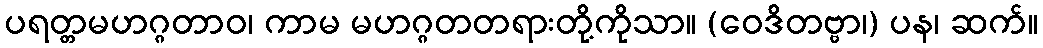
ပရတ္တမဟဂ္ဂတာဝ၊ ကာမ မဟဂ္ဂတတရားတို့ကိုသာ။ (ဝေဒိတဗ္ဗာ၊) ပန၊ ဆက်။